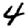
Digit: 4